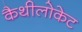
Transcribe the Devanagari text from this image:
कैथीलोकेट